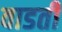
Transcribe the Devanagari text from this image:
वाडती